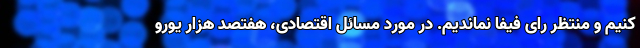
کنیم و منتظر رای فیفا نماندیم. در مورد مسائل اقتصادی، هفتصد هزار یورو